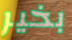
بخير